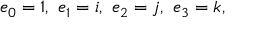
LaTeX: e _ { 0 } = 1 , \ e _ { 1 } = i , \ e _ { 2 } = j , \ e _ { 3 } = k ,